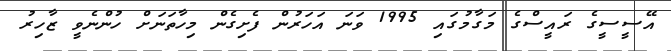
އޭސީސީގެ ރައީސްގެ މަގާމުގައި 1995 ވަނަ އަހަރުން ފެށިގެން މިހާތަނަށް ހުންނެވީ ޒާހިރު